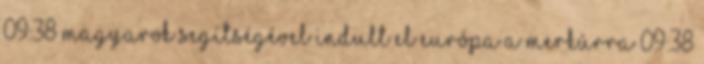
09:38 Magyarok segítségével indult el Európa a Merkúrra 09:38